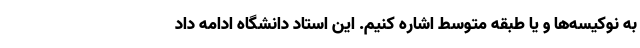
به نوکیسه‌ها و یا طبقه متوسط اشاره کنیم. این استاد دانشگاه ادامه داد